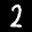
Label: 2